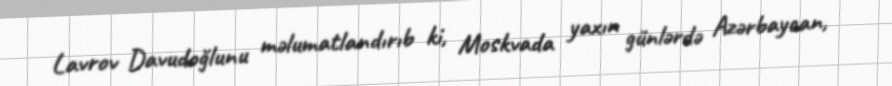
Lavrov Davudoğlunu məlumatlandırıb ki, Moskvada yaxın günlərdə Azərbaycan,